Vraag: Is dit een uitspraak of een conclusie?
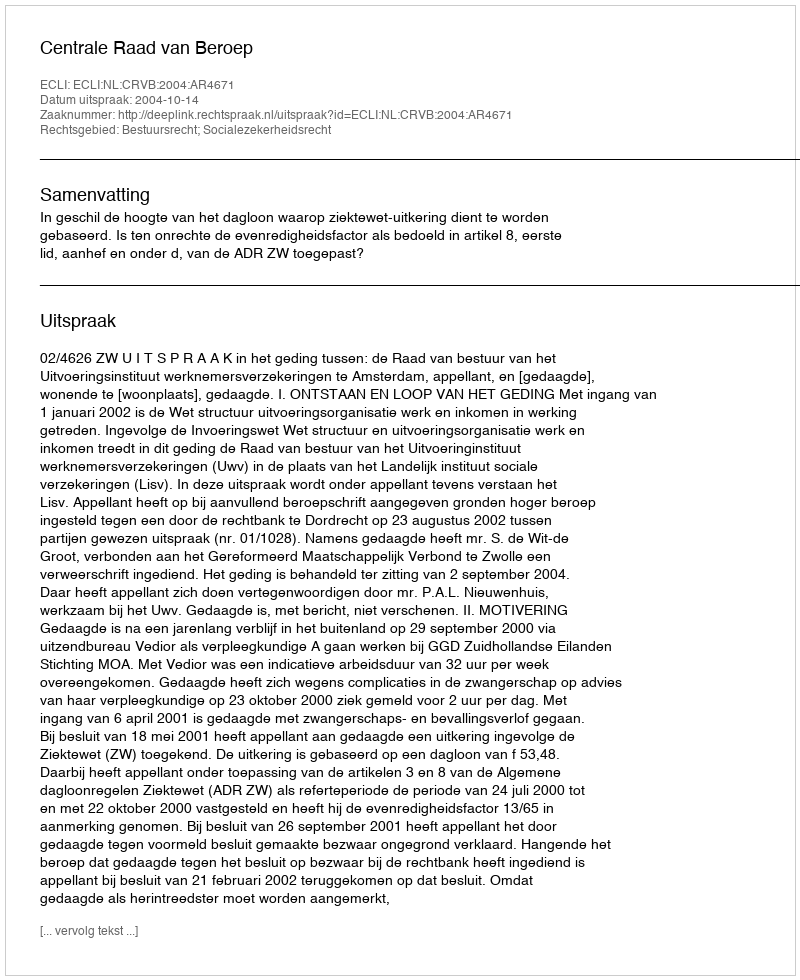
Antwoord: Uitspraak